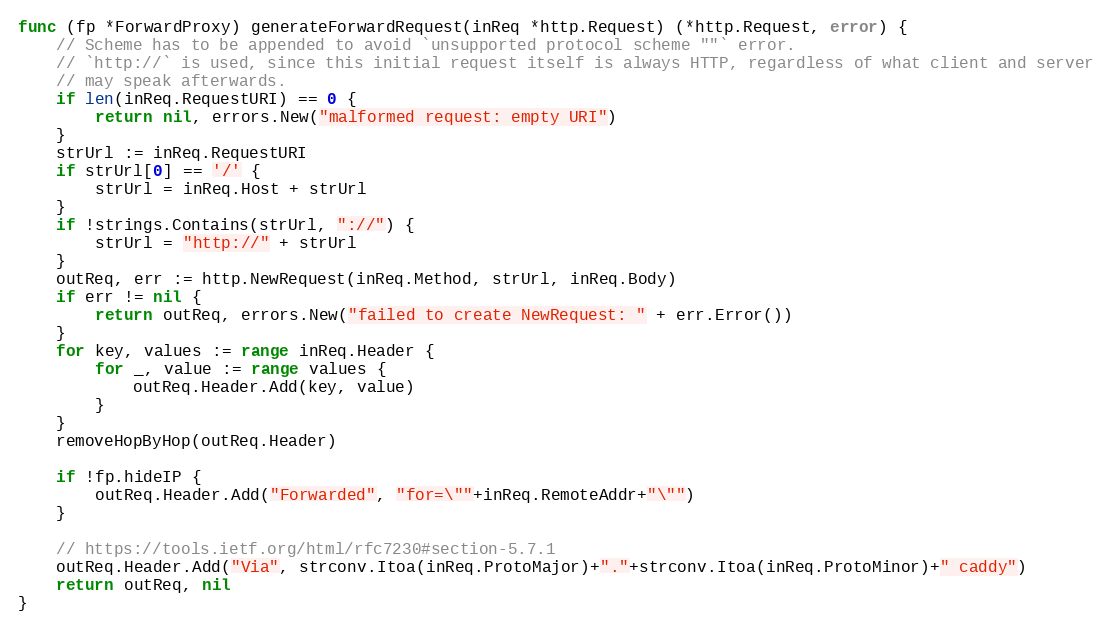
Language: Go
func (fp *ForwardProxy) generateForwardRequest(inReq *http.Request) (*http.Request, error) {
	// Scheme has to be appended to avoid `unsupported protocol scheme ""` error.
	// `http://` is used, since this initial request itself is always HTTP, regardless of what client and server
	// may speak afterwards.
	if len(inReq.RequestURI) == 0 {
		return nil, errors.New("malformed request: empty URI")
	}
	strUrl := inReq.RequestURI
	if strUrl[0] == '/' {
		strUrl = inReq.Host + strUrl
	}
	if !strings.Contains(strUrl, "://") {
		strUrl = "http://" + strUrl
	}
	outReq, err := http.NewRequest(inReq.Method, strUrl, inReq.Body)
	if err != nil {
		return outReq, errors.New("failed to create NewRequest: " + err.Error())
	}
	for key, values := range inReq.Header {
		for _, value := range values {
			outReq.Header.Add(key, value)
		}
	}
	removeHopByHop(outReq.Header)

	if !fp.hideIP {
		outReq.Header.Add("Forwarded", "for=\""+inReq.RemoteAddr+"\"")
	}

	// https://tools.ietf.org/html/rfc7230#section-5.7.1
	outReq.Header.Add("Via", strconv.Itoa(inReq.ProtoMajor)+"."+strconv.Itoa(inReq.ProtoMinor)+" caddy")
	return outReq, nil
}